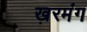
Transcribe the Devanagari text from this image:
ख़रमंग